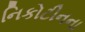
નિકોટીનના